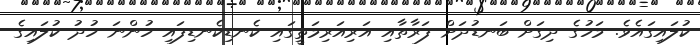
ކުލައިގައެވެ. މަހުގެ ދިގަށް ބަނޑުދަށް ފަރާތާއި އަރިއަރިމަތީގައި ކެނޑިކެނޑިފައި ހުންނަ ހުދު ކުލައިގެ